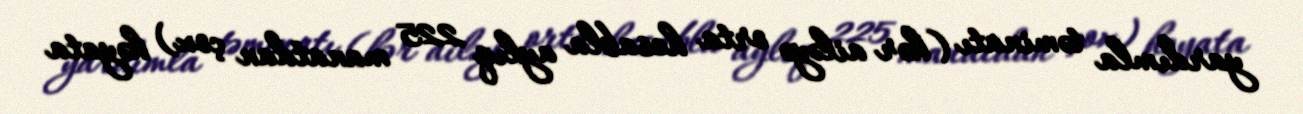
yardımla təminatı (hər ailəyə orta hesabla aylıq 225 manatdan çox) həyata